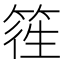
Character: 𥯁